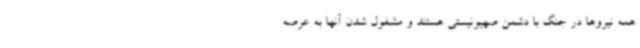
همه نیروها در جنگ با دشمن صهیونیستی هستند و مشغول شدن آنها به عرصه